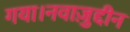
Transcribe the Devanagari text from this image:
गया।नवाज़ुद्दीन